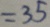
= 3 5